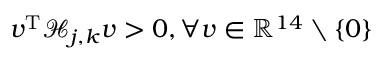
\boldsymbol { v } ^ { \mathrm { T } } \boldsymbol { \mathcal { H } } _ { j , \boldsymbol { k } } \boldsymbol { v } > 0 , \forall \boldsymbol { v } \in \mathbb { R } ^ { 1 4 } \setminus \{ \boldsymbol { 0 } \}